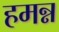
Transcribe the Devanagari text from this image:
हमन्न